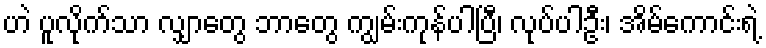
ဟဲ ပူလိုက်သာ လျှာတွေ ဘာတွေ ကျွမ်းကုန်ပါပြီ၊ လုပ်ပါဦး၊ အိမ်ကောင်းရဲ့